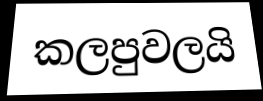
කලපුවලයි